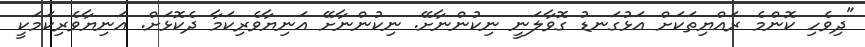
"ދިވެހި ކޮންމެ ރައްޔިތަކަށް އަޅުގަނޑު ގޮވާލަނީ ނިކުންނާށޭ. ނިކުންނާށޭ އަނިޔާވެރިކަމާ ދެކޮޅަށް. އަނިޔާވެރިކަމަކީ